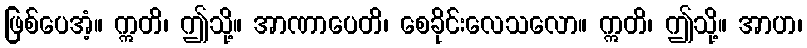
ဖြစ်ပေအံ့။ ဣတိ၊ ဤသို့။ အာဏာပေတိ၊ စေခိုင်းလေသလော။ ဣတိ၊ ဤသို့။ အာဟ၊